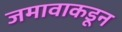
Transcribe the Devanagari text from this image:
जमावाकडून